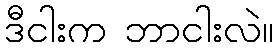
ဒီငါးက ဘာငါးလဲ။